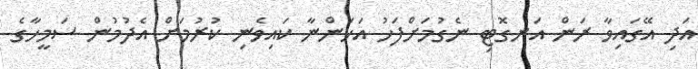
އަދި އޭގައިވާ ރަން އަނގޮޓި ނެގުމަށްފަހު އަހަންނާ ކައިވެނި ކުރުމަށް އެދުމުން ސަމީހާގެ